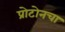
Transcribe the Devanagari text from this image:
प्रोटोनचा